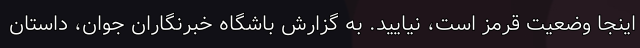
اینجا وضعیت قرمز است، نیایید. به گزارش باشگاه خبرنگاران جوان، داستان